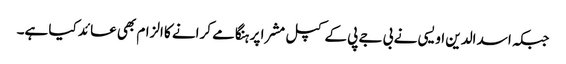
جبکہ اسد الدین اویسی نے بی جے پی کے کپل مشرا پر ہنگامے کرانے کا الزام بھی عائد کیا ہے۔